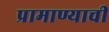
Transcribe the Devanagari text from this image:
प्रामाण्याची